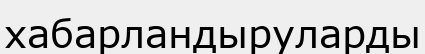
хабарландыруларды